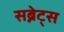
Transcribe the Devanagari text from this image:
सब्नेट्स